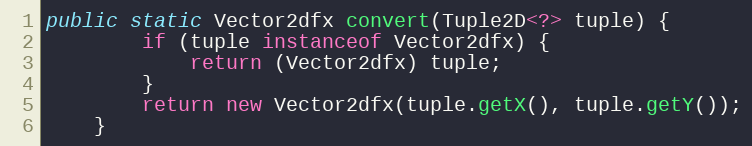
Language: Java
public static Vector2dfx convert(Tuple2D<?> tuple) {
		if (tuple instanceof Vector2dfx) {
			return (Vector2dfx) tuple;
		}
		return new Vector2dfx(tuple.getX(), tuple.getY());
	}